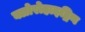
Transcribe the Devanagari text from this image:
क्लोरोहाइड्रिन